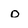
Character: o